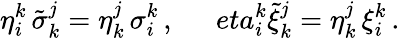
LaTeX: \eta_{i}^{k}\, \tilde{\sigma}_{k}^{j}=\eta_{k}^{j}\, \sigma_{i}^{k}\, ,\ \ \ \ \ \, eta_{i}^{k}\tilde{\xi}_{k}^{j}=\eta_{k}^{j}\, \xi_{i}^{k}\, .